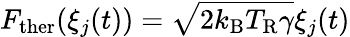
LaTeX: F_{\mathrm{ther}}(\xi_{j}(t))=\sqrt{2k_{\mathrm{B}}T_{\mathrm{R}}\gamma}\xi_{j}(t)